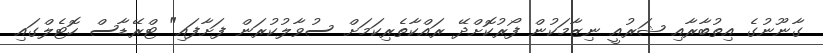
ގާނޫނުގެ އިތުބާރާއި ޝަރުއީ ނިޒާމަކުން ފޯރުކޮށްދޭ ރައްކާތެރިކަމަށް ސުވާލުކުރަން ފަށާފައި" ޓްރޭޑާސް ހޮޓެލްގައި